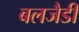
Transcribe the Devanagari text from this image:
बलजैडी